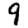
Digit: 9